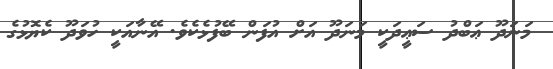
މަނަދޫ ޢަބްދު ސަޢީދަކީ މަނަދޫ އަށް އުފަން ބޭފުޅެކެވެ. އޭނާއަކީ ހުވަދޫ ކެޔޮޅުގެ